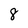
Character: 8